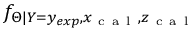
f _ { \Theta | Y = y _ { e x p } , x _ { \mathrm { ~ c ~ a ~ l ~ } } , z _ { \mathrm { ~ c ~ a ~ l ~ } } }